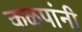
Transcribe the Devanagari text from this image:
कळपांनी